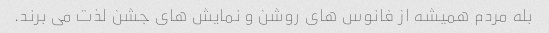
بله مردم همیشه از فانوس های روشن و نمایش های جشن لذت می برند.